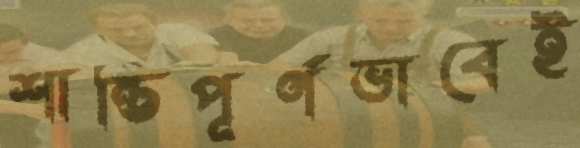
শান্তিপূর্ণভাবেই